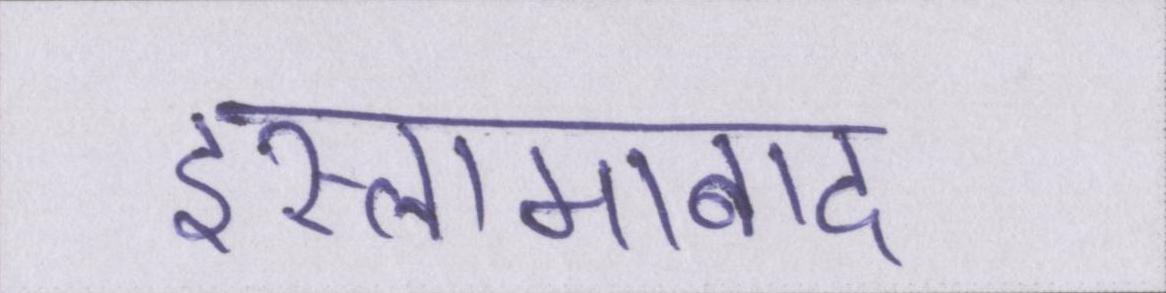
इस्लामाबाद